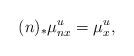
LaTeX: \begin{align*} (n)_\ast \mu_{nx}^u = \mu_x^u, \end{align*}